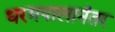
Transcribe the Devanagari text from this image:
धरमपालानंतर